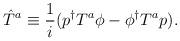
LaTeX: \begin{align*}\hat{T}^a \equiv \frac{1}{i} (p^\dagger T^a \phi - \phi^\dagger T^a p).\end{align*}